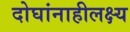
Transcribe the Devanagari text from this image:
दोघांनाहीलक्ष्य